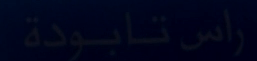
راس-تابودة